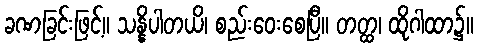
ခဏခြင်းဖြင့်။ သန္နိပါတယိ၊ စည်းဝေးစေပြီ။ တတ္ထ၊ ထိုဂါထာ၌။